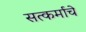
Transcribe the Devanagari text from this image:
सत्कर्माचे